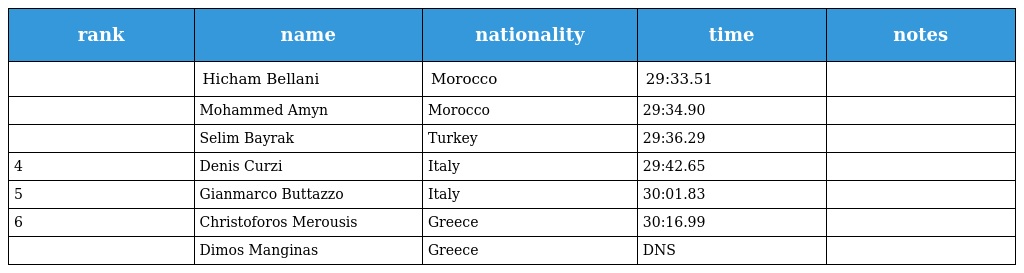
| rank | name | nationality | time | notes |
 | --- | --- | --- | --- | --- |
 |  | Hicham Bellani | Morocco | 29:33.51 |  |
 |  | Mohammed Amyn | Morocco | 29:34.90 |  |
 |  | Selim Bayrak | Turkey | 29:36.29 |  |
 | 4 | Denis Curzi | Italy | 29:42.65 |  |
 | 5 | Gianmarco Buttazzo | Italy | 30:01.83 |  |
 | 6 | Christoforos Merousis | Greece | 30:16.99 |  |
 |  | Dimos Manginas | Greece | DNS |  |